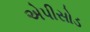
એપીસોડ